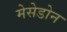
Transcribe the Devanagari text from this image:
मेसेडोन